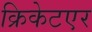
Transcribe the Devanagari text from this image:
क्रिकेटएर